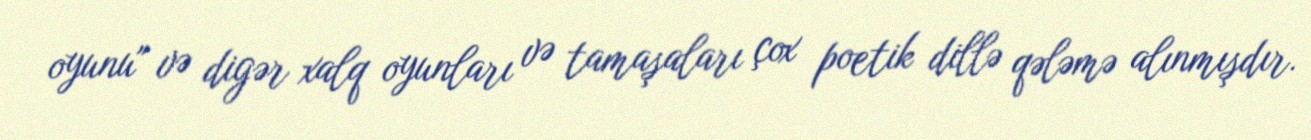
oyunu" və digər xalq oyunları və tamaşaları çox poetik dillə qələmə alınmışdır.